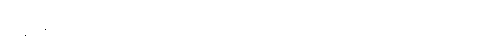
ကျွန်တော်တို့ရဲ့ ကန်ထရိုက် ဝန်ထမ်းတွေကို ငွေပေးစရာ မလိုဘဲ သူတို့နဲ့ အတူလိုက်ပြီး